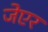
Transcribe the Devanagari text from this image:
जेएर